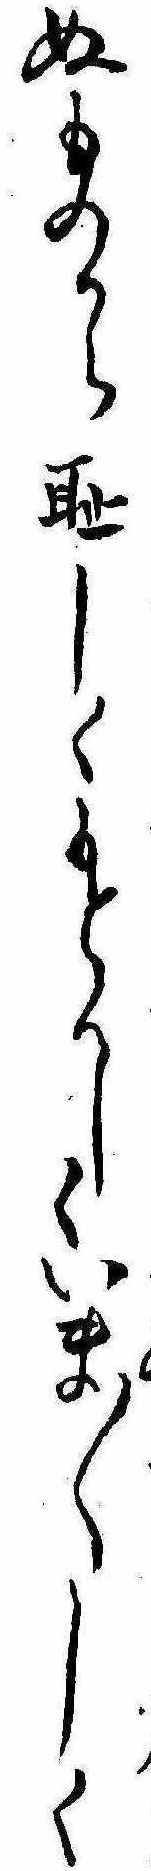
ぬものから恥しくもとかしくいま〱しく